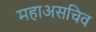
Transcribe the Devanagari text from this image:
महाअसचिव